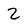
Character: 2